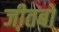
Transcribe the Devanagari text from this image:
जीतबो